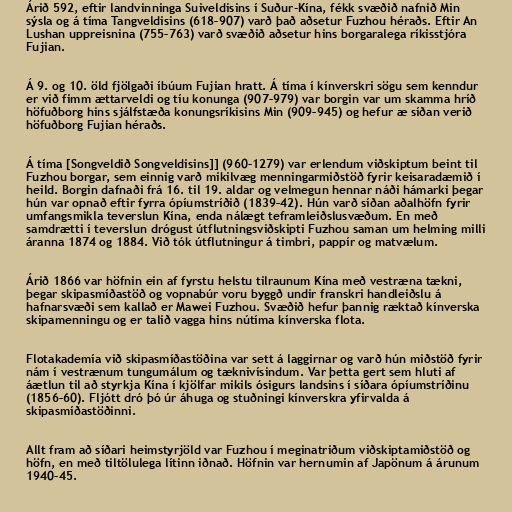
Árið 592, eftir landvinninga Suiveldisins í Suður-Kína, fékk svæðið nafnið Min
sýsla og á tíma Tangveldisins (618–907) varð það aðsetur Fuzhou héraðs. Eftir An
Lushan uppreisnina (755–763) varð svæðið aðsetur hins borgaralega ríkisstjóra
Fujian.

Á 9. og 10. öld fjölgaði íbúum Fujian hratt. Á tíma í kínverskri sögu sem kenndur
er við fimm ættarveldi og tíu konunga (907–979) var borgin var um skamma hríð
höfuðborg hins sjálfstæða konungsríkisins Min (909–945) og hefur æ síðan verið
höfuðborg Fujian héraðs.

Á tíma [Songveldið Songveldisins]] (960–1279) var erlendum viðskiptum beint til
Fuzhou borgar, sem einnig varð mikilvæg menningarmiðstöð fyrir keisaradæmið í
heild. Borgin dafnaði frá 16. til 19. aldar og velmegun hennar náði hámarki þegar
hún var opnað eftir fyrra ópíumstríðið (1839–42). Hún varð síðan aðalhöfn fyrir
umfangsmikla teverslun Kína, enda nálægt teframleiðslusvæðum. En með
samdrætti í teverslun drógust útflutningsviðskipti Fuzhou saman um helming milli
áranna 1874 og 1884. Við tók útflutningur á timbri, pappír og matvælum.

Árið 1866 var höfnin ein af fyrstu helstu tilraunum Kína með vestræna tækni,
þegar skipasmíðastöð og vopnabúr voru byggð undir franskri handleiðslu á
hafnarsvæði sem kallað er Mawei Fuzhou. Svæðið hefur þannig ræktað kínverska
skipamenningu og er talið vagga hins nútíma kínverska flota.

Flotakademía við skipasmíðastöðina var sett á laggirnar og varð hún miðstöð fyrir
nám í vestrænum tungumálum og tæknivísindum. Var þetta gert sem hluti af
áætlun til að styrkja Kína í kjölfar mikils ósigurs landsins í síðara ópíumstríðinu
(1856–60). Fljótt dró þó úr áhuga og stuðningi kínverskra yfirvalda á
skipasmíðastöðinni.

Allt fram að síðari heimstyrjöld var Fuzhou í meginatriðum viðskiptamiðstöð og
höfn, en með tiltölulega lítinn iðnað. Höfnin var hernumin af Japönum á árunum
1940–45.